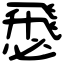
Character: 𢞵